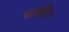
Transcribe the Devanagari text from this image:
नाही।।